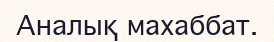
Аналық махаббат.